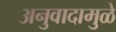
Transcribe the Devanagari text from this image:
अनुवादामुळे